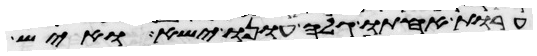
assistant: ערות אחותו גלה עונו ישא ואיש